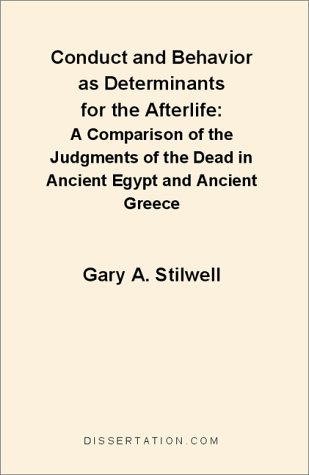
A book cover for Conduct and Behavior as Determinants for the Afterlife: A Comparison of the Judgments of the Dead in Ancient Egypt and Ancient Greece; Gary A. Stilwell; Religion & Spirituality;